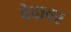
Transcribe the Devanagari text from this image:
वेदावर